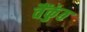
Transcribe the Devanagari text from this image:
वैंकुंठ